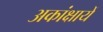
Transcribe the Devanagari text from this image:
अकांक्षायें